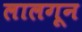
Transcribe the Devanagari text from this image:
लालगून